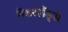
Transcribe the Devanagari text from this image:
नेडरलैंड्से